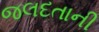
જલદતાની